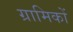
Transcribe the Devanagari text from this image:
ग्रामिकों